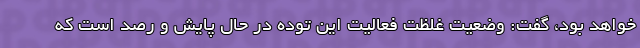
خواهد بود، گفت: وضعیت غلظت فعالیت این توده در حال پایش و رصد است که